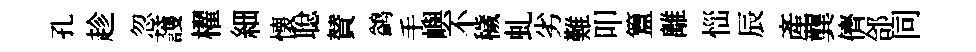
孔趁忽䕶櫂細懐聪賛鹢手嶼不穢虬劣難叩簋離𢙉辰産龔儕郃同